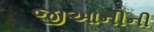
જીઆનીની